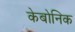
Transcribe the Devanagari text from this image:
केबोनिक